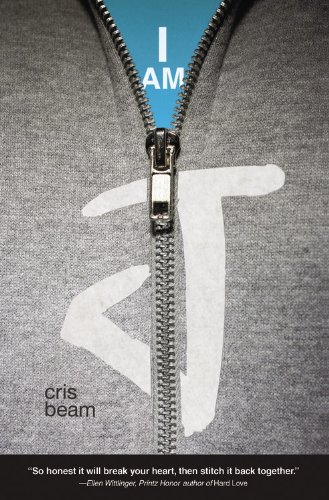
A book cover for I Am J; Cris Beam; Literature & Fiction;